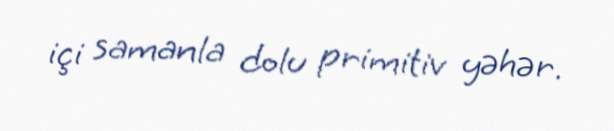
içi samanla dolu primitiv yəhər.